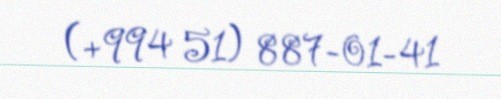
(+994 51) 887-01-41